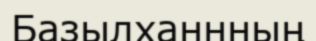
Базылханнның